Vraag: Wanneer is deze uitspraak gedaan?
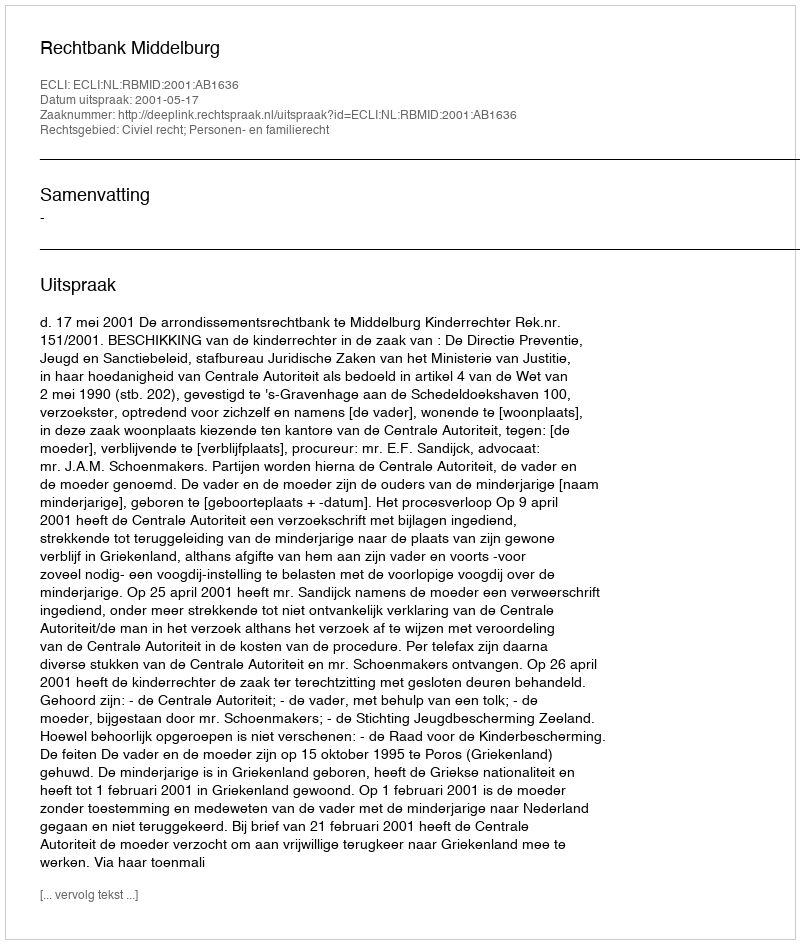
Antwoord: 2001-05-17